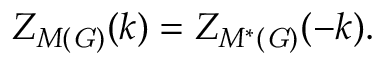
Z _ { M ( \mathit { G ) } } ( k ) = Z _ { M ^ { \ast } ( \mathit { G ) } } ( - k ) .